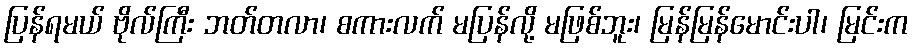
ပြန်ရမယ် ဗိုလ်ကြီး ဘတ်တလာ၊ စကားလက် မပြန်လို့ မဖြစ်ဘူး၊ မြန်မြန်မောင်းပါ၊ မြင်းက